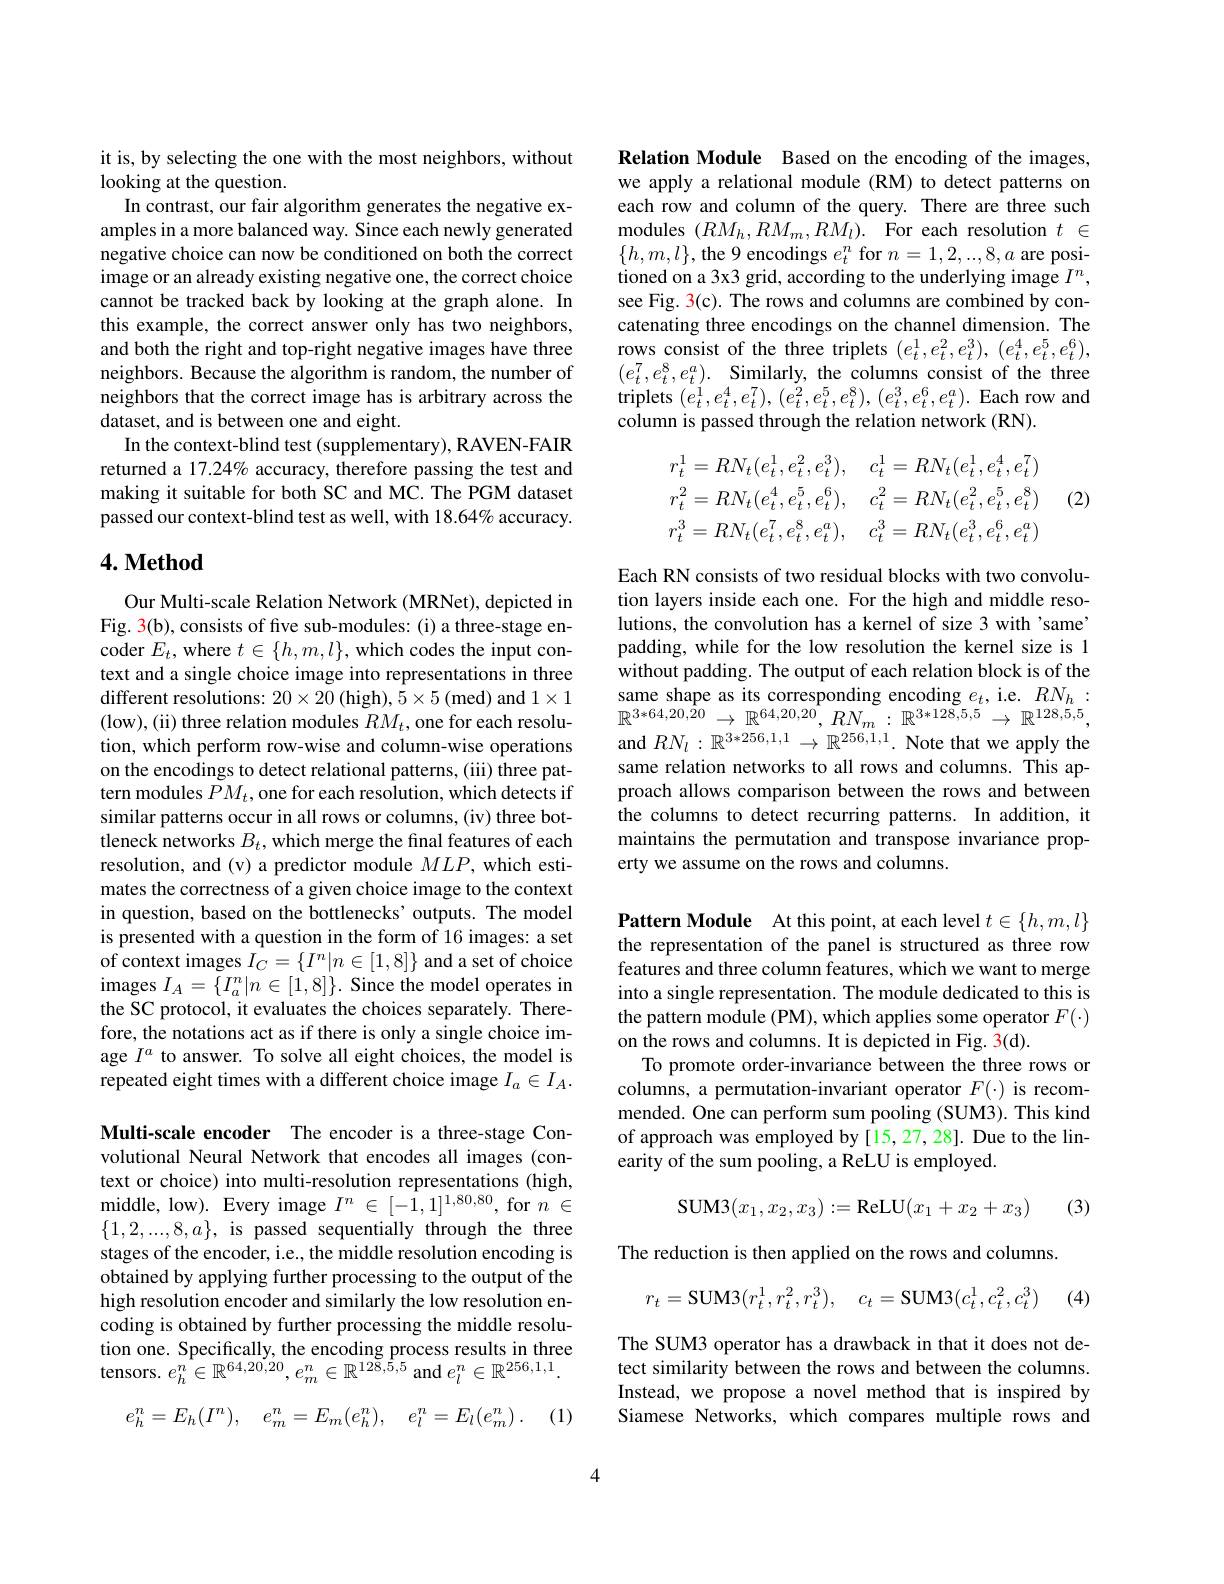
it is, by selecting the one with the most neighbors, without
looking at the question.
In contrast, our fair algorithm generates the negative examples in a more balanced way. Since each newly generated negative choice can now be conditioned on both the correct image or an already existing negative one, the correct choice cannot be tracked back by looking at the graph alone. In this example, the correct answer only has two neighbors, and both the right and top-right negative images have three neighbors. Because the algorithm is random, the number of neighbors that the correct image has is arbitrary across the dataset, and is between one and eight.
In the context-blind test (supplementary), RAVEN-FAIR returned a 17.24% accuracy, therefore passing the test and making it suitable for both SC and MC. The PGM dataset passed our context-blind test as well, with 18.64% accuracy.

## $4. \textbf{Method}$

Our Multi-scale Relation Network (MRNet), depicted in Fig. 3(b), consists of five sub-modules: (i) a three-stage encoder $E_t$,where $t\in\{h,m,l\}$,which codes the input context and a single choice image into representations in three different resolutions: $20\times20$ (high), $5\times5$ (med) and $1\times1$ (low), (ii) three relation modules $RM_t$, one for each resolution, which perform row-wise and column-wise operations on the encodings to detect relational patterns, (iii) three pattern modules $PM_t$,one for each resolution, which detects if similar patterns occur in all rows or columns, (iv) three bottleneck networks $B_t$, which merge the final features of each resolution, and (v) a predictor module $MLP$, which estimates the correctness of a given choice image to the context in question, based on the bottlenecks' outputs. The model is presented with a question in the form of 16 images: a set of context images $I_C=\{I^n|n\in[1,8]\}$ and a set of choice images $I_A=\{I_a^n|n\in[1,8]\}.$ Since the model operates in the SC protocol, it evaluates the choices separately. Therefore, the notations act as if there is only a single choice image $I^a$ to answer. To solve all eight choices, the model is repeated eight times with a different choice image $I_a\in I_A.$ Multi-scale encoder The encoder is a three-stage Convolutional Neural Network that encodes all images (context or choice) into multi-resolution representations (high, middle, low). Every image $I^n\in[-1,1]^{1,80,80}$, for $n\in$ $\{1,2,...,8,a\}$, is passed sequentially through the three stages of the encoder, i.e., the middle resolution encoding is obtained by applying further processing to the output of the high resolution encoder and similarly the low resolution encoding is obtained by further processing the middle resolution one. Specifically, the encoding process results in three tensors. $e_h^{n}\in\mathbb{R}^{64,20,20},e_m^{n}\in\mathbb{R}^{12\tilde{8},\tilde{5},5}$ and $e_l^{n}\in\mathbb{R}^{256,1,1}.$
$$e_{h}^{n}=E_{h}(I^{n}),\quad e_{m}^{n}=E_{m}(e_{h}^{n}),\quad e_{l}^{n}=E_{l}(e_{m}^{n})\:.$$
. (1)

Relation Module Based on the encoding of the images, we apply a relational module (RM) to detect patterns on each row and column of the query. There are three such modules $( RM_{h}, RM_{m}, RM_{l}) .$ For each resolution $t\in$ $\{h,m,l\}$,the 9 encodings $e_t^n$ for $n=1,2,...,8,a$ are positioned on a 3x3 grid, according to the underlying image $I^n$, see Fig. 3(c). The rows and columns are combined by concatenating three encodings on the channel dimension. The rows consist of the three triplets $(e_t^1,e_t^2,e_t^3),(e_t^4,e_t^5,e_t^6)$, $(e_t^7,e_t^8,e_t^a).$ Similarly, the columns consist of the three triplets $(e_{t}^{1},e_{t}^{4},e_{t}^{7}),(e_{t}^{2},e_{t}^{5},e_{t}^{8}),(e_{t}^{3},e_{t}^{6},e_{t}^{a}).$ Each row and column is passed through the relation network (RN).
$$\begin{aligned}r_t^1&=RN_t(e_t^1,e_t^2,e_t^3),\quad c_t^1=RN_t(e_t^1,e_t^4,e_t^7)\\r_t^2&=RN_t(e_t^4,e_t^5,e_t^6),\quad c_t^2=RN_t(e_t^2,e_t^5,e_t^8)\\r_t^3&=RN_t(e_t^7,e_t^8,e_t^a),\quad c_t^3=RN_t(e_t^3,e_t^6,e_t^a)\end{aligned}$$
(2)

Each RN consists of two residual blocks with two convolution layers inside each one. For the high and middle resolutions, the convolution has a kernel of size 3 with 'same' padding, while for the low resolution the kernel size is 1 without padding. The output of each relation block is of the same shape as its corresponding encoding $e_t$, i.e. $RN_h:$ $\mathbb{R} ^{3* 64, 20, \hat{2} 0}\to \mathbb{R} ^{64, 20, 20}$, $RN_{m}:$ $\mathbb{R} ^{3* 128, 5, 5}\to \mathbb{R} ^{128, 5, 5}$, and $RN_l:\mathbb{R}^{3*256,1,1}\to\mathbb{R}^{256,1,1}.$ Note that we apply the same relation networks to all rows and columns. This approach allows comparison between the rows and between the columns to detect recurring patterns. In addition, it maintains the permutation and transpose invariance property we assume on the rows and columns.

Pattern Module At this point, at each level $t\in\{h,m,l\}$ the representation of the panel is structured as three row features and three column features, which we want to merge into a single representation. The module dedicated to this is the pattern module (PM), which applies some operator $F(\cdot)$ on the rows and columns. It is depicted in Fig. 3(d).
To promote order-invariance between the three rows or columns, a permutation-invariant operator $F(\cdot)$ is recommended. One can perform sum pooling (SUM3). This kind of approach was employed by[15,27,28]. Due to the linearity of the sum pooling, a ReLU is employed.
$$\text{SUM3}(x_1,x_2,x_3):=\text{ReLU}(x_1+x_2+x_3)$$
(3)

The reduction is then applied on the rows and columns.
$$r_t=\mathrm{SUM3}(r_t^1,r_t^2,r_t^3),\quad c_t=\mathrm{SUM3}(c_t^1,c_t^2,c_t^3)$$
(4)

The SUM3 operator has a drawback in that it does not detect similarity between the rows and between the columns. Instead, we propose a novel method that is inspired by Siamese Networks, which compares multiple rows and

4